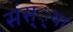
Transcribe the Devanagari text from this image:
संस््था